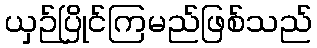
ယှဉ်ပြိုင်ကြမည်ဖြစ်သည်